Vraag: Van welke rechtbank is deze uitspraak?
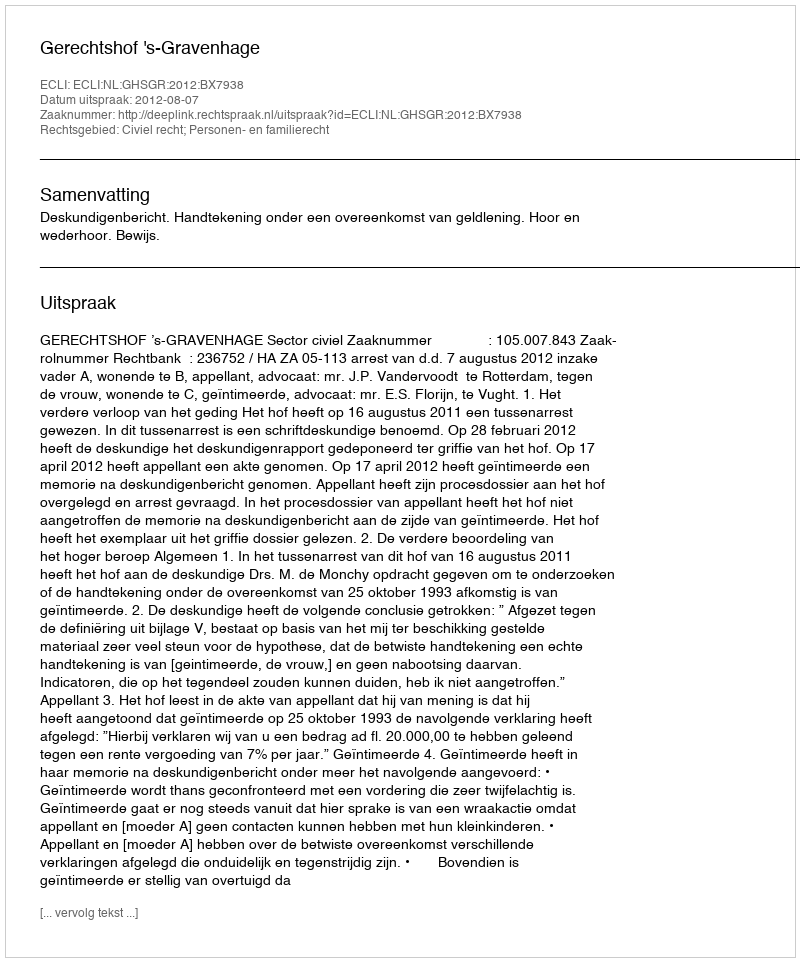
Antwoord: Gerechtshof 's-Gravenhage